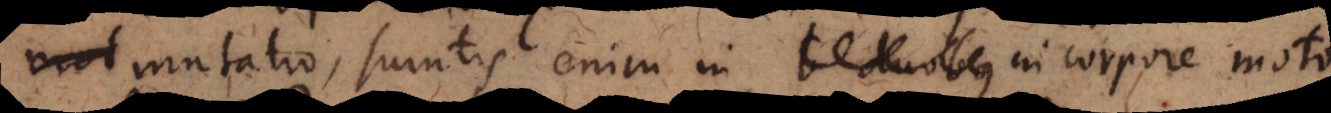
mutatio, sumtis enim in b duobus corpore moto